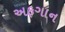
અફગાન